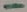
Text: -